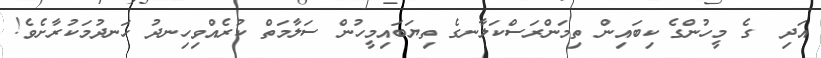
އަދި  ގެ މީހުންގެ ކިބައިން ތިމަންރަސްކަލާނގެ ތިޔަބައިމީހުން ސަލާމަތް ކުރެއްވިހިނދު ހަނދުމަކުރާށެވެ!